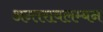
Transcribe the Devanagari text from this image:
अन्तरावलम्बन